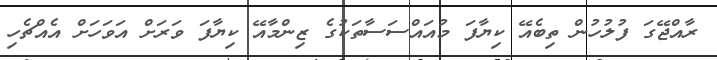
ރާއްޖޭގަ ފުލުހުން ތިބެއޭ ކިޔާފަ މުއައްސަސާތަކުގެ ޒިންމާއޭ ކިޔާފަ ވަރަށް އަވަހަށް އެއްޗެހި